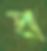
প্র